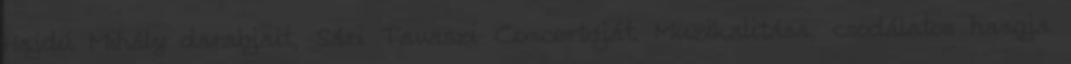
Hajdú Mihály darabjait, Sári Tavaszi Concertóját. Muzikalitása, csodálatos hangja